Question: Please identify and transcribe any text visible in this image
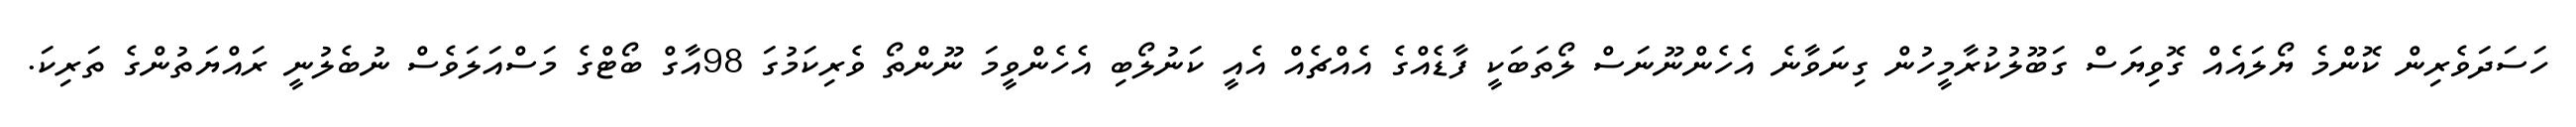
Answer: ހަސަދަވެރިން ކޮންމެ ޔޯލައެއް ގޮވިޔަސް ގަބޫލުކުރާމީހުން ގިނަވާނެ އެހެންނޫނަސް ލޯތަބަކީ ފާޑެއްގެ އެއްޗެއް އެއީ ކަނުލޯބި އެހެންވީމަ ނޫންތޯ ވެރިކަމުގަ 98އާގް ބޯޓްގެ މަސްއަލަވެސް ނުބެލުނީ ރައްޔަތުންގެ ތަރިކަ.